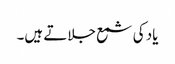
یاد کی شمع جلاتے ہیں۔